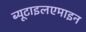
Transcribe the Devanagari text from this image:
ब्यूटाइलएमाइन